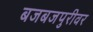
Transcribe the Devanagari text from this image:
बजबजपुरीवर